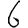
Digit: 6